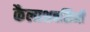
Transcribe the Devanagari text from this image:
कैलाशबसिनी